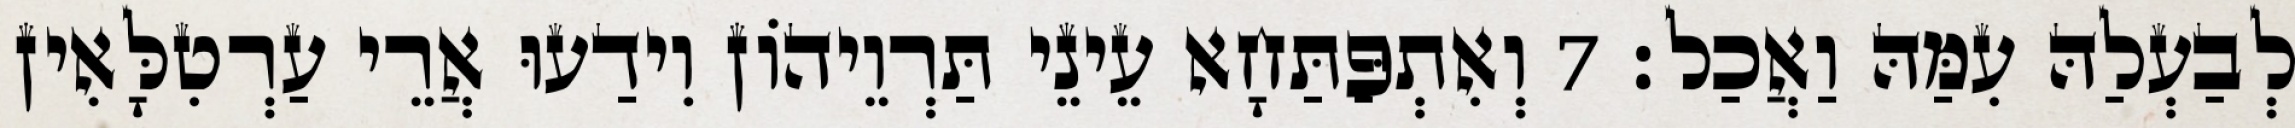
לְבַעְלַהּ עִמַּהּ וַאֲכַל׃ 7 וְאִתְפַּתַּחָא עֵינֵי תַּרְוֵיהוֹן וִידַעוּ אֲרֵי עַרְטִלָּאִין